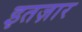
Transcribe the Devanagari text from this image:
इतज़ार